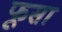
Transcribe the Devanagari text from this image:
फूसा